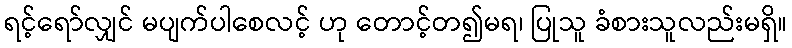
ရင့်ရော်လျှင် မပျက်ပါစေလင့် ဟု တောင့်တ၍မရ၊ ပြုသူ ခံစားသူလည်းမရှိ။